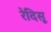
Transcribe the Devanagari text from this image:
रेदिसू